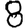
Digit: 8